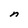
Character: n